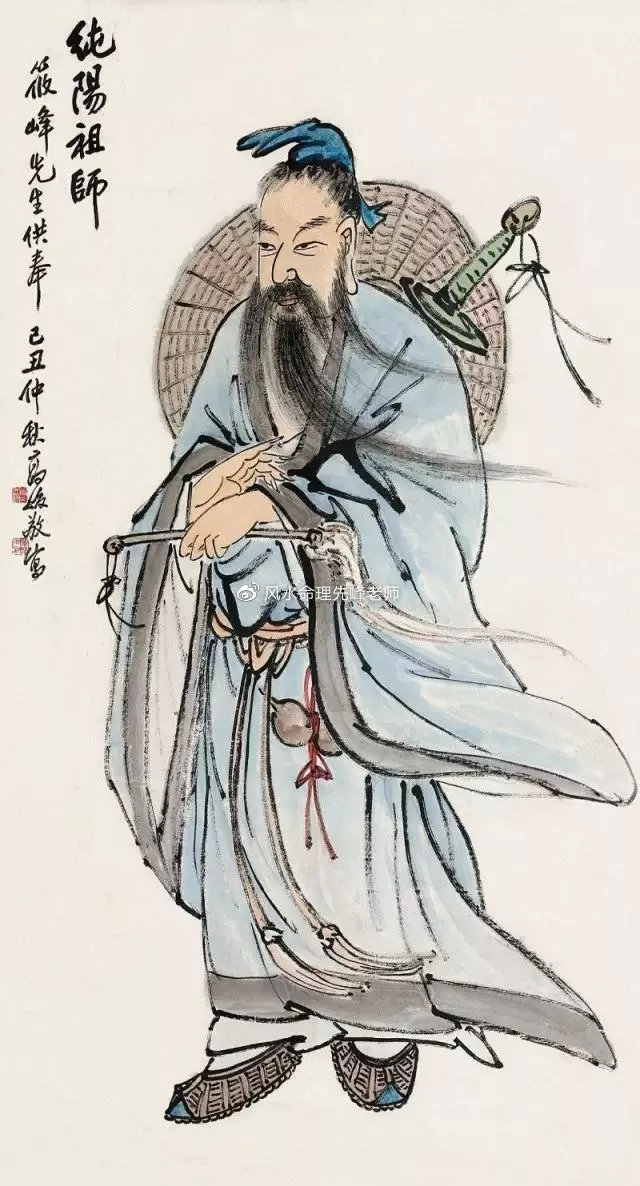
誓将挂冠去，觉道资无穷。